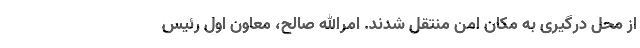
از محل درگیری به مکان امن منتقل شدند. امرالله صالح، معاون اول رئیس